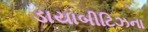
ડાયાબીટિઝના